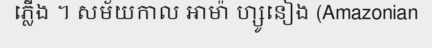
ភ្លើង ។ សម័យកាល អាម៉ា ហ្សូនៀង (Amazonian